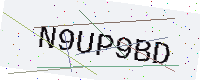
Text: N9UP9BD